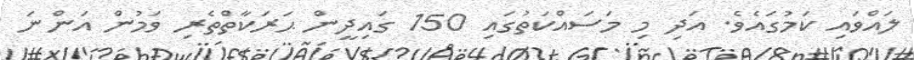
ލައްވައި ކަމުގައެވެ. އަދި މި މަސައްކަތުގައި 150 ގައިދީން ޙަރަކާތްތެރި ވަމުން އަންނަ